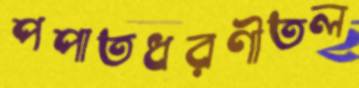
পপাতধরণীতল